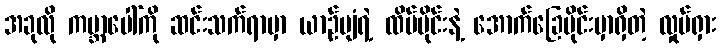
အခုလို ကမ္ဘာပေါ်ကို ဆင်းသက်ရာမှာ ယာဉ်ပျံရဲ့ ထိပ်ပိုင်းနဲ့ အောက်ခြေပိုင်းမှာရှိတဲ့ လှုပ်ရှား